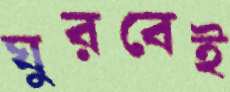
ঘুরবেই